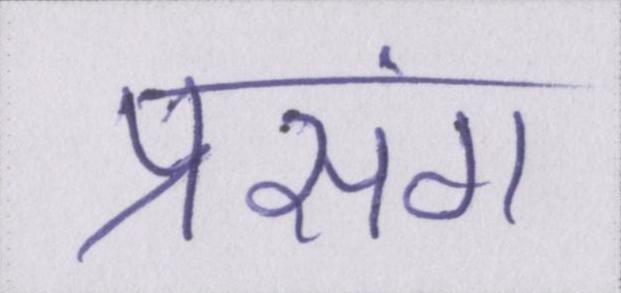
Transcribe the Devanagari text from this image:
प्रसंग